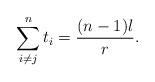
LaTeX: \begin{align*} \sum_{i\neq j}^n t_i =\frac{(n-1)l}{r}. \end{align*}